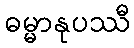
ဓမ္မာနုပဿီ